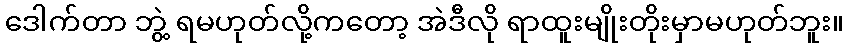
ဒေါက်တာ ဘွဲ့ ရမဟုတ်လို့ကတော့ အဲဒီလို ရာထူးမျိုးတိုးမှာမဟုတ်ဘူး။